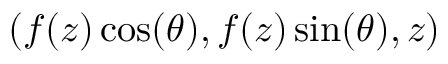
( f ( z ) \cos ( \theta ) , f ( z ) \sin ( \theta ) , z )